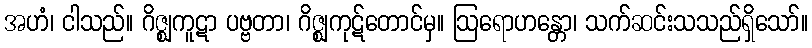
အဟံ၊ ငါသည်။ ဂိဇ္ဈကူဋာ ပဗ္ဗတာ၊ ဂိဇ္ဈကုဋ်တောင်မှ။ ဩရောဟန္တော၊ သက်ဆင်းသသည်ရှိသော်။